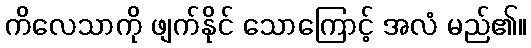
ကိလေသာကို ဖျက်နိုင် သောကြောင့် အလံ မည်၏။